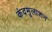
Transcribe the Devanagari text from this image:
कंदमूलाशन